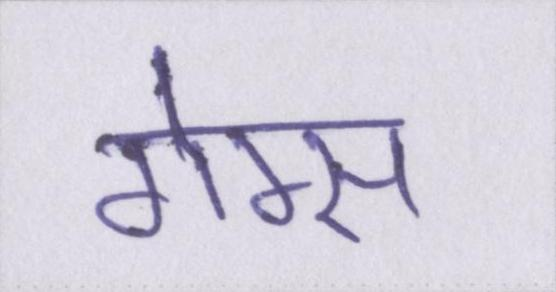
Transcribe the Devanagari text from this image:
गेम्स